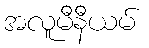
အလူမီနီယမ်